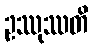
ဥဿုဿတိ